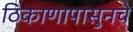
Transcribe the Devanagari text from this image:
ठिकाणापासुनचे